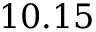
1 0 . 1 5